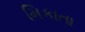
મિકાતા